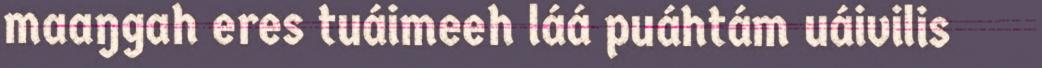
maaŋgah eres tuáimeeh láá puáhtám uáivilis